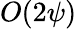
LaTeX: O(2\psi)